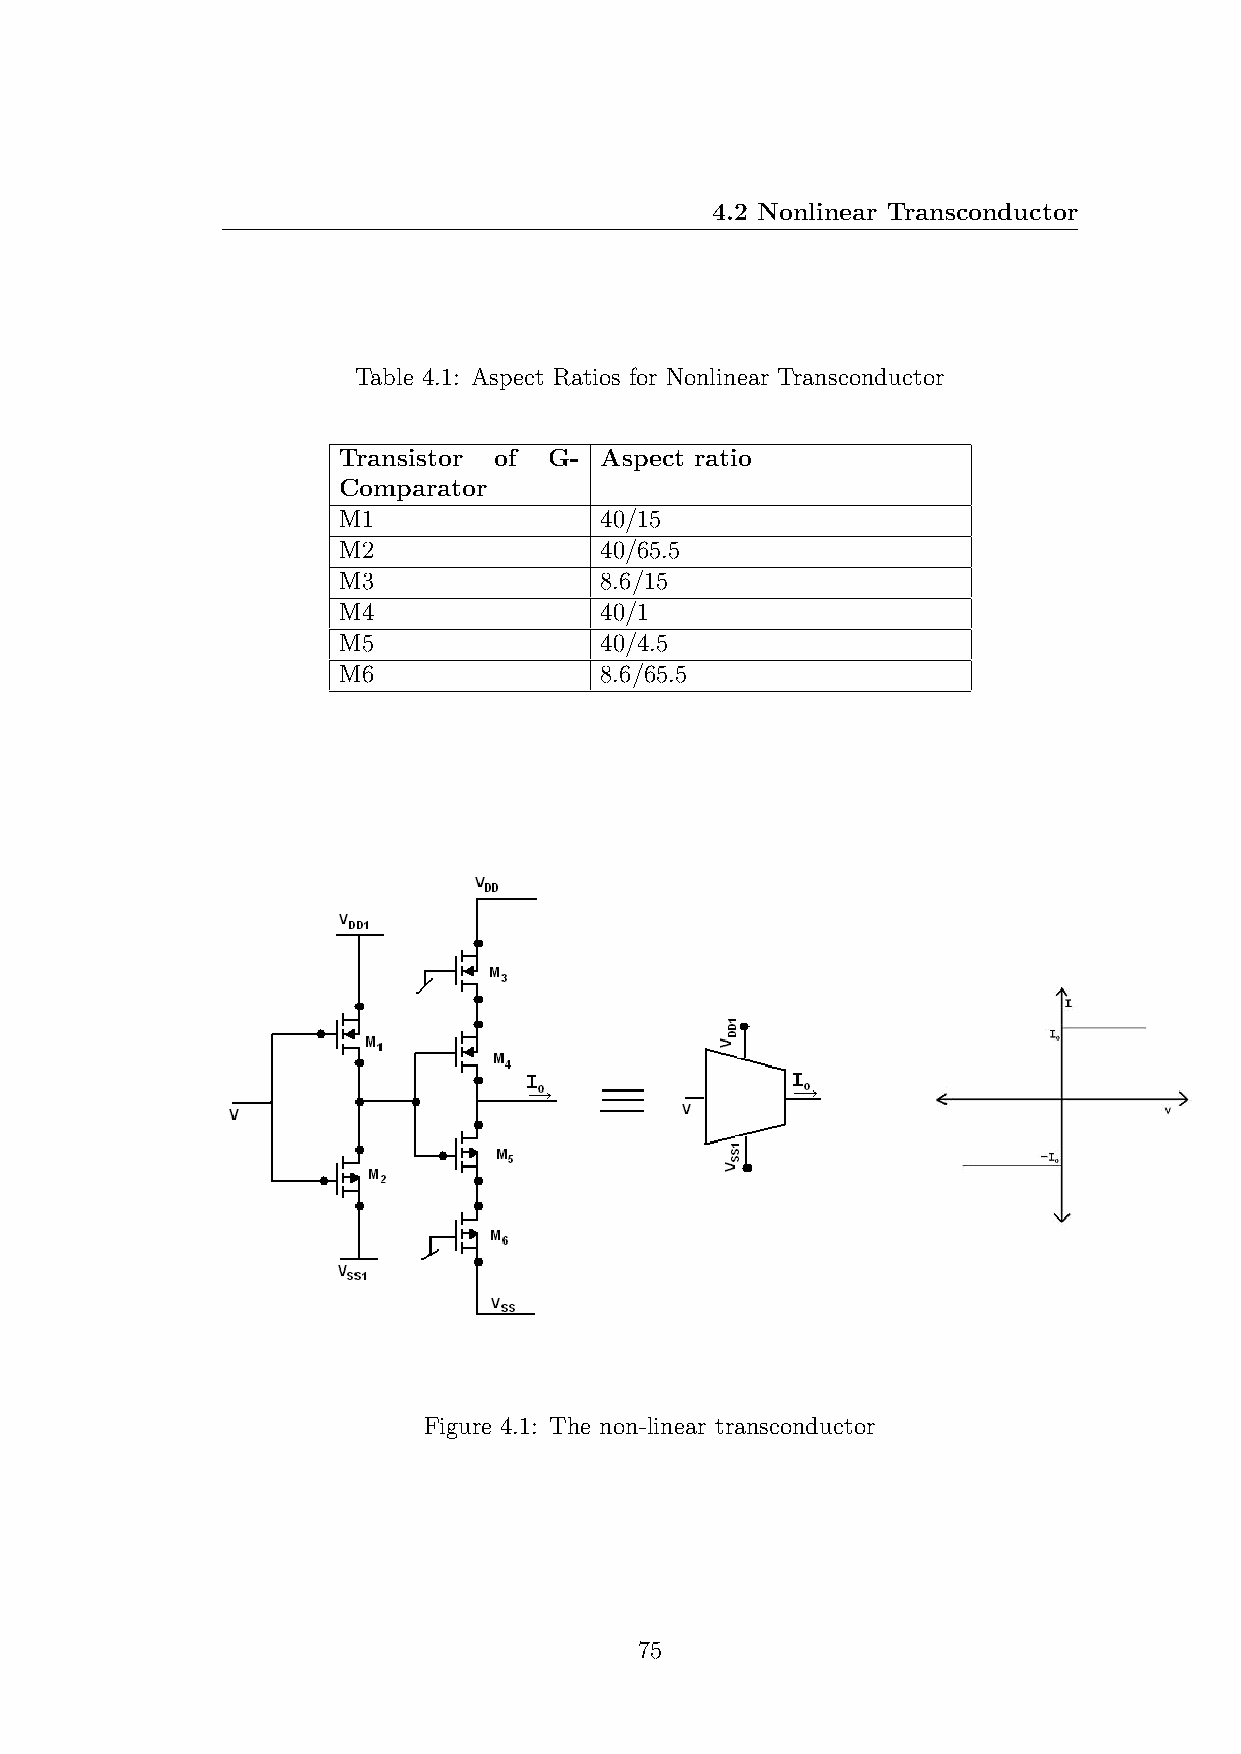
4.2 Nonlinear Transconductor
 Table 4.1: Aspect Ratios for Nonlinear Transconductor
 Transistor of G-  Aspect ratio
 Comparator
 M1                40/15
 M2                40/65.5
 M3                8.6/15
 M4                40/1
 M5                40/4.5
 M6                8.6/65.5
 Figure 4.1: The non-linear transconductor
 75